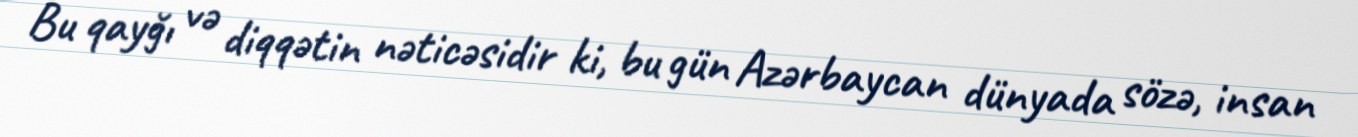
Bu qayğı və diqqətin nəticəsidir ki, bu gün Azərbaycan dünyada sözə, insan